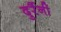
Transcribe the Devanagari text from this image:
दुर्रैनी